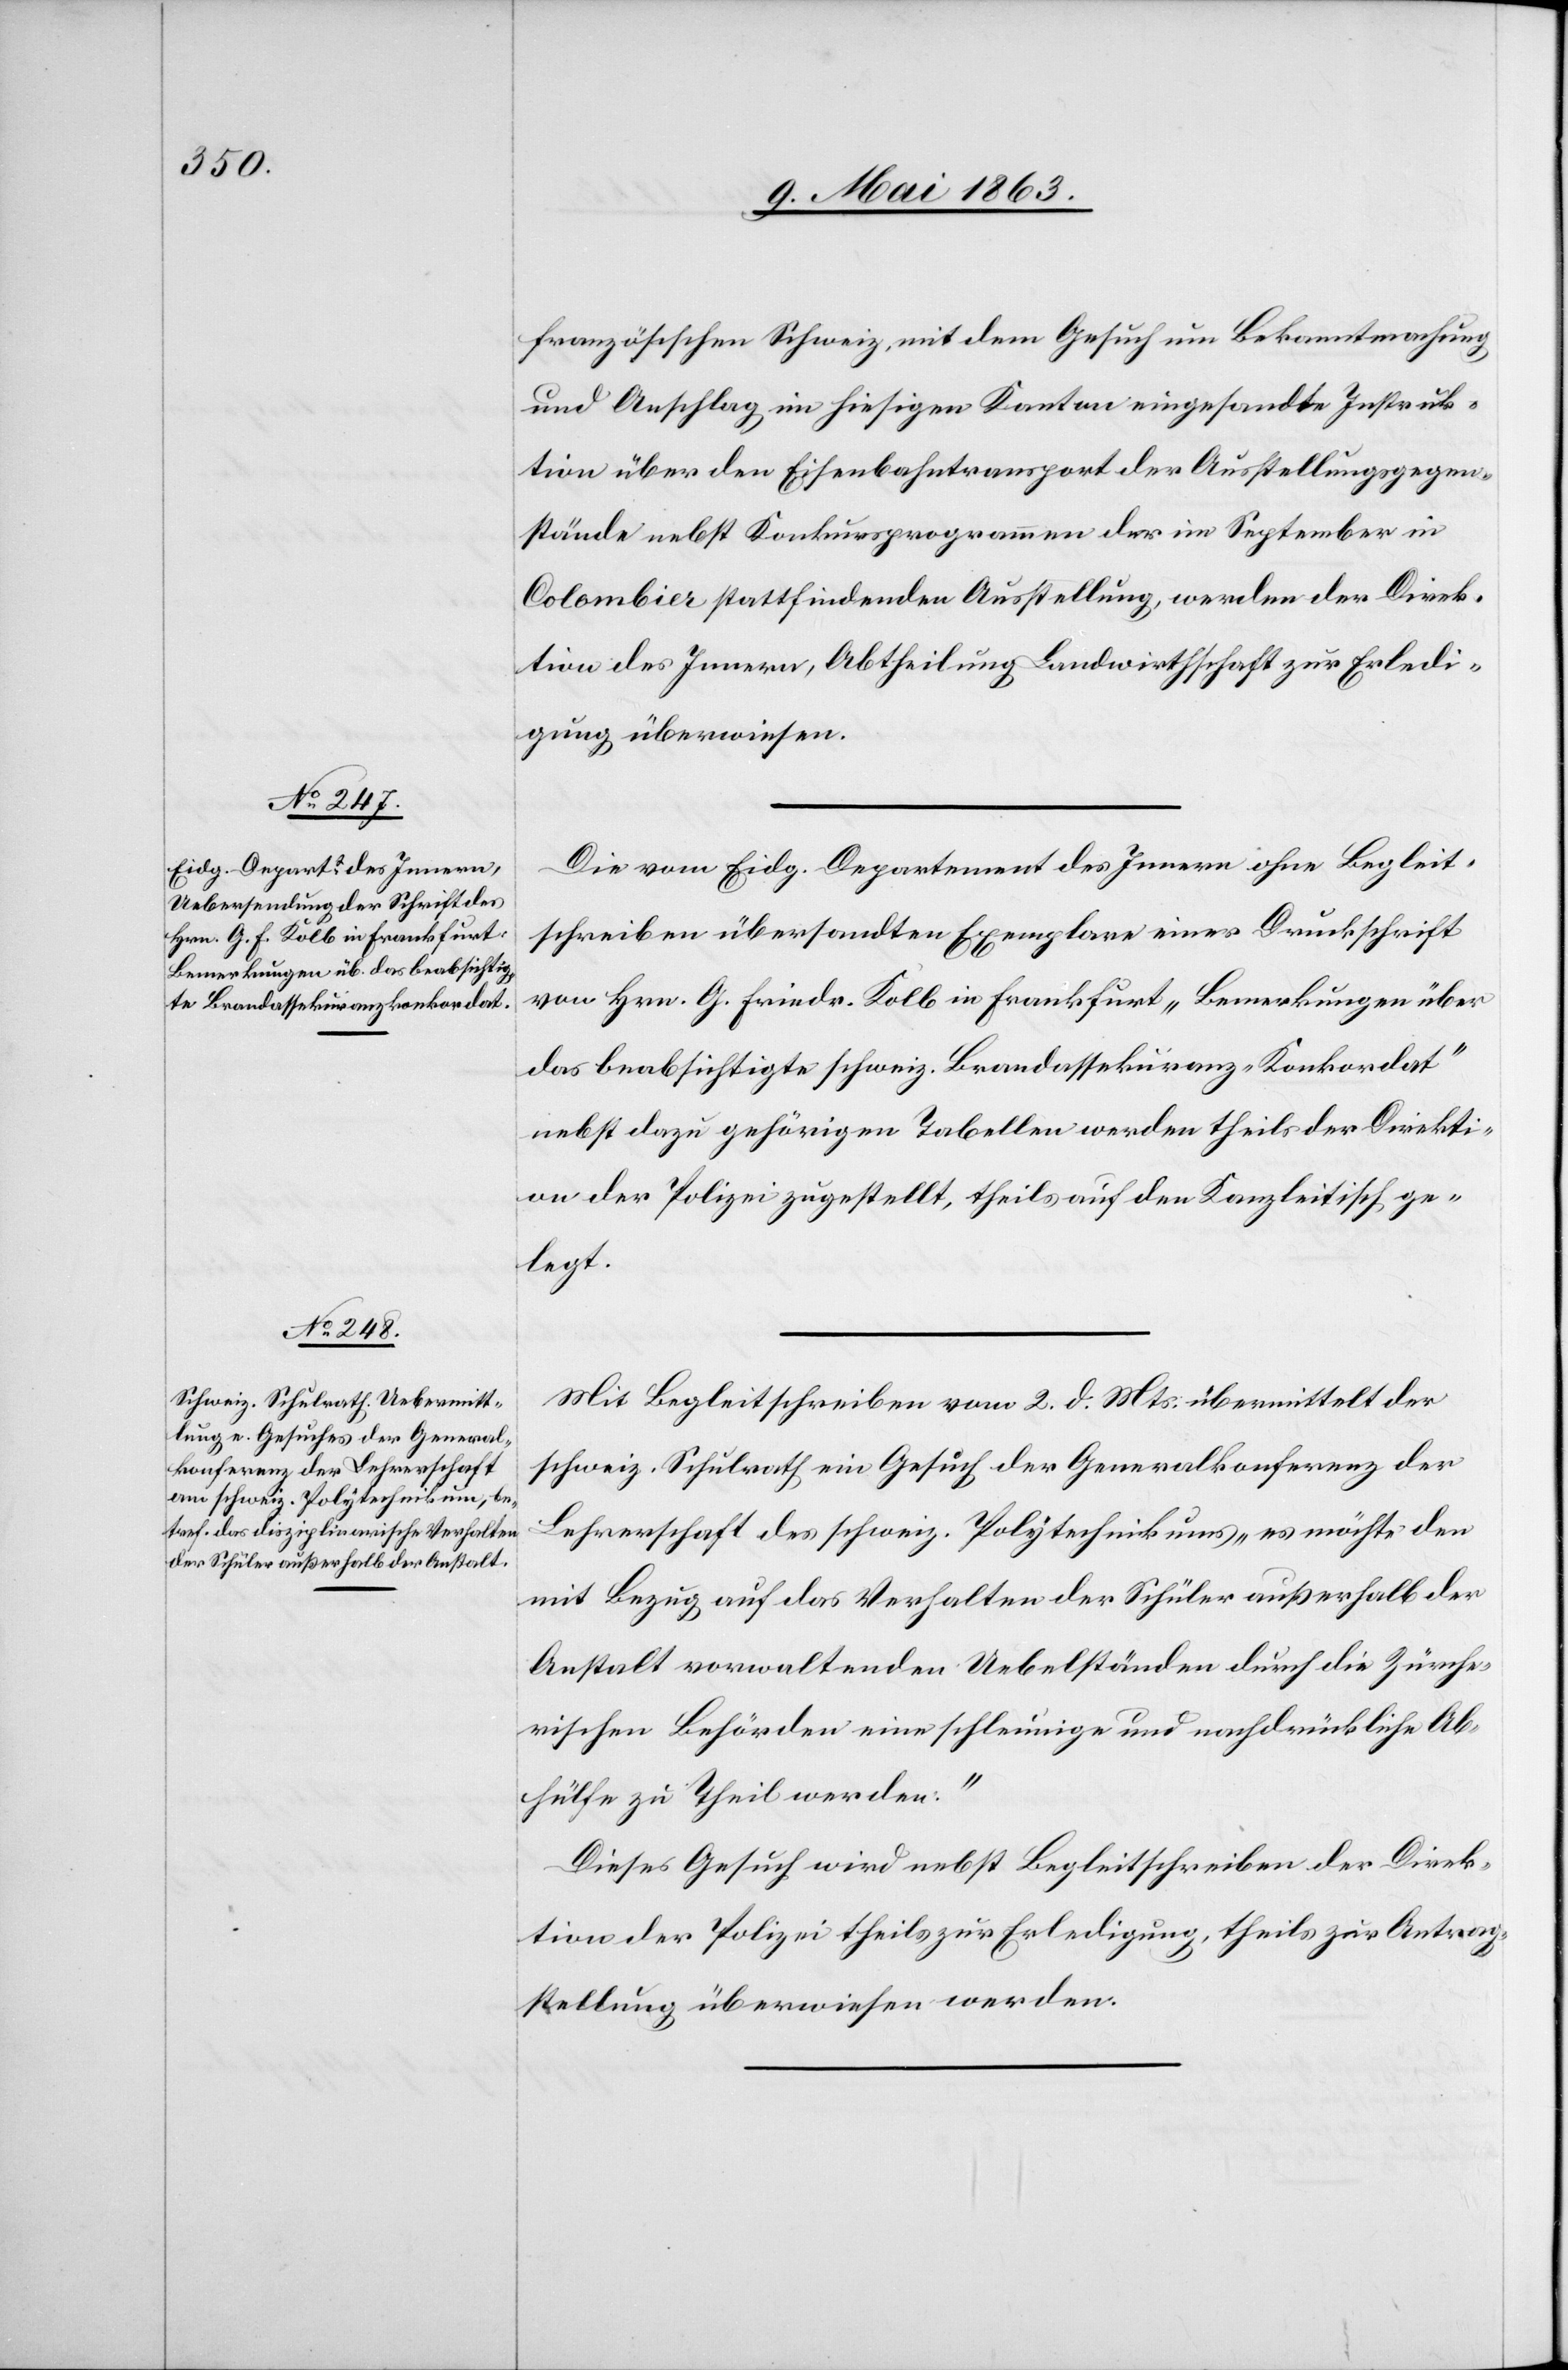
französischen Schweiz, mit dem Gesuch um Bekanntmachung
und Anschlag im hiesigen Kanton eingesandte Instruk¬
tion über den Eisenbahntransport der Ausstellungsgegen¬
stände nebst Konkursprogrammen der im September in
Colombier stattfindenden Ausstellung, werden der Direk¬
tion des Innern, Abtheilung Landwirthschaft zur Erledi¬
gung überwiesen.
Die vom Eidg. Departement des Innern ohne Begleit¬
schreiben übersandten Exemplare einer Druckschrift
von Hrn. G. Friedr. Kolb in Frankfurt „Bemerkungen über
das beabsichtigte schweiz. Brandassekuranz-Konkordat“
nebst dazu gehörigen Tabellen werden theils der Direkti¬
on der Polizei zugestellt, theils auf den Kanzleitisch ge¬
legt.
Mit Begleitschreiben vom 2. d. Mts. übermittelt der
schweiz. Schulrath ein Gesuch der Generalkonferenz der
Lehrerschaft des schweiz. Polytechnikums „es möchte den
mit Bezug auf das Verhalten der Schüler außerhalb der
Anstalt vorwaltenden Uebelständen durch die Zürche¬
rischen Behörden eine schleunige und nachdrückliche Ab¬
hülfe zu Theil werden.“
Dieses Gesuch wird nebst Begleitschreiben der Direk¬
tion der Polizei theils zur Erledigung, theils zur Antrag¬
stellung überwiesen werden.